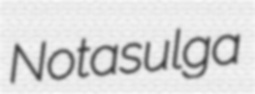
Notasulga